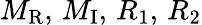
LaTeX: M_{\mathrm{R}},\, M_{\mathrm{I}},\, R_{1},\, R_{2}